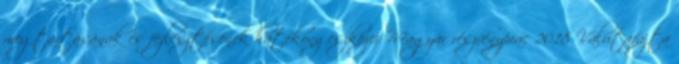
megtartásának és fejlesztésének hatékony eszközei Magyar részvénypiac 2018 Valutafajta